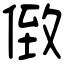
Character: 𠊷